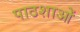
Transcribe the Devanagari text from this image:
पाठशाओं